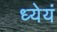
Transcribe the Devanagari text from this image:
ध्येयं